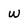
Character: w